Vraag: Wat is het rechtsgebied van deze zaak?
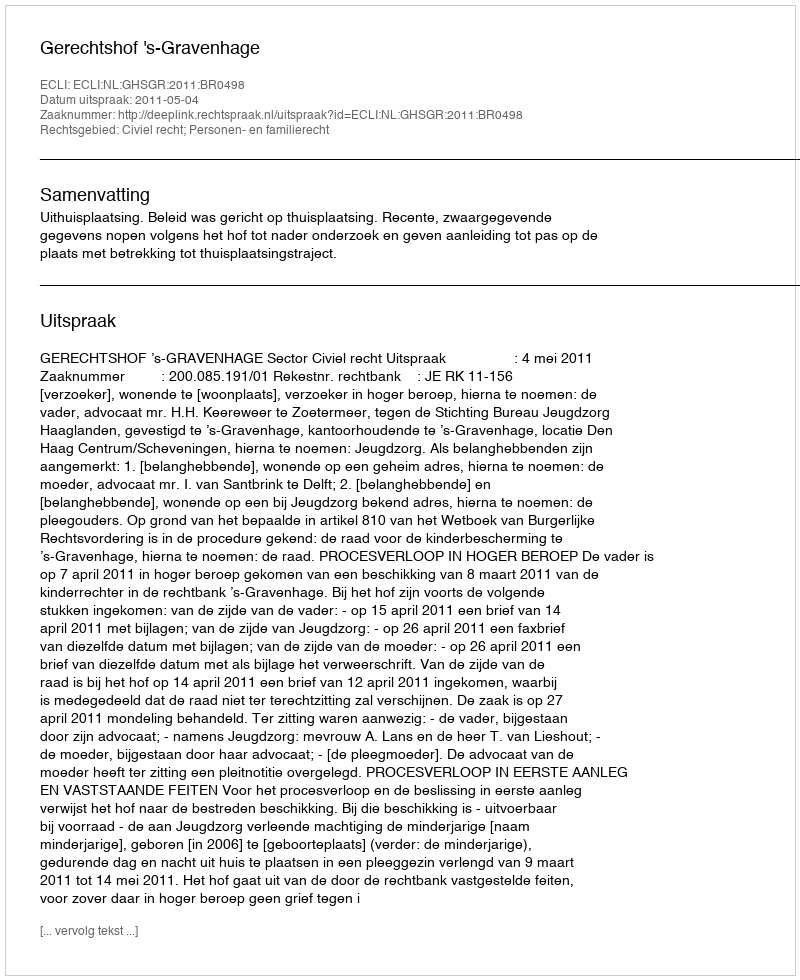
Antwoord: Civiel recht; Personen- en familierecht